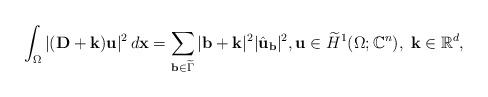
LaTeX: \begin{align*}\int_{\Omega} |(\mathbf{D} + \mathbf{k}) \mathbf{u}|^2\, d\mathbf{x} = \sum_{\mathbf{b} \in \widetilde{\Gamma}} |\mathbf{b} + \mathbf{k} |^2 |\hat{\mathbf{u}}_{\mathbf{b}}|^2, \mathbf{u} \in \widetilde{H}^1(\Omega; \mathbb{C}^n), \; \mathbf{k} \in \mathbb{R}^d,\end{align*}